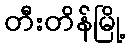
တီးတိန်မြို့